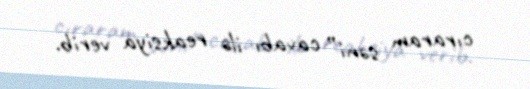
cıraram səni” cavabı ilə reaksiya verib.